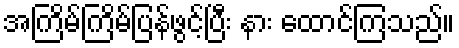
အကြိမ်ကြိမ်ပြန်ဖွင့်ပြီး နား ထောင်ကြသည်။